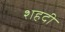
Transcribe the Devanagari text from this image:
शहदी